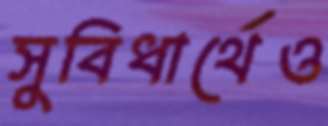
সুবিধার্থেও